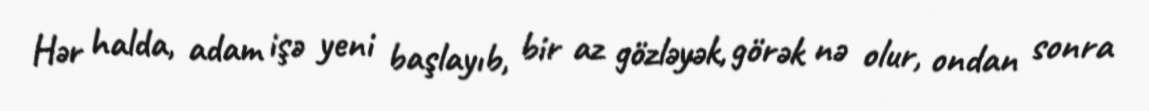
Hər halda, adam işə yeni başlayıb, bir az gözləyək, görək nə olur, ondan sonra